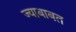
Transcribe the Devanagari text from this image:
ज्याबाबत